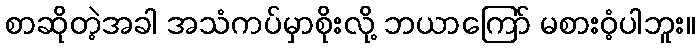
စာဆိုတဲ့အခါ အသံကပ်မှာစိုးလို့ ဘယာကြော် မစားဝံ့ပါဘူး။